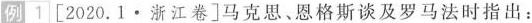
例1 [2020.1·浙江卷]马克思、恩格斯谈及罗马法时指出：